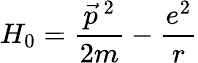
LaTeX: H_{0}=\frac{\vec{p}^{~2}}{2m}-\frac{e^{2}}{r}